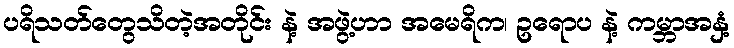
ပရိသတ်တွေသိတဲ့အတိုင်း နဲ့ အဖွဲ့ဟာ အမေရိက၊ ဥရောပ နဲ့ ကမ္ဘာအနှံ့